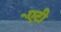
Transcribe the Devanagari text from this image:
एेंटी